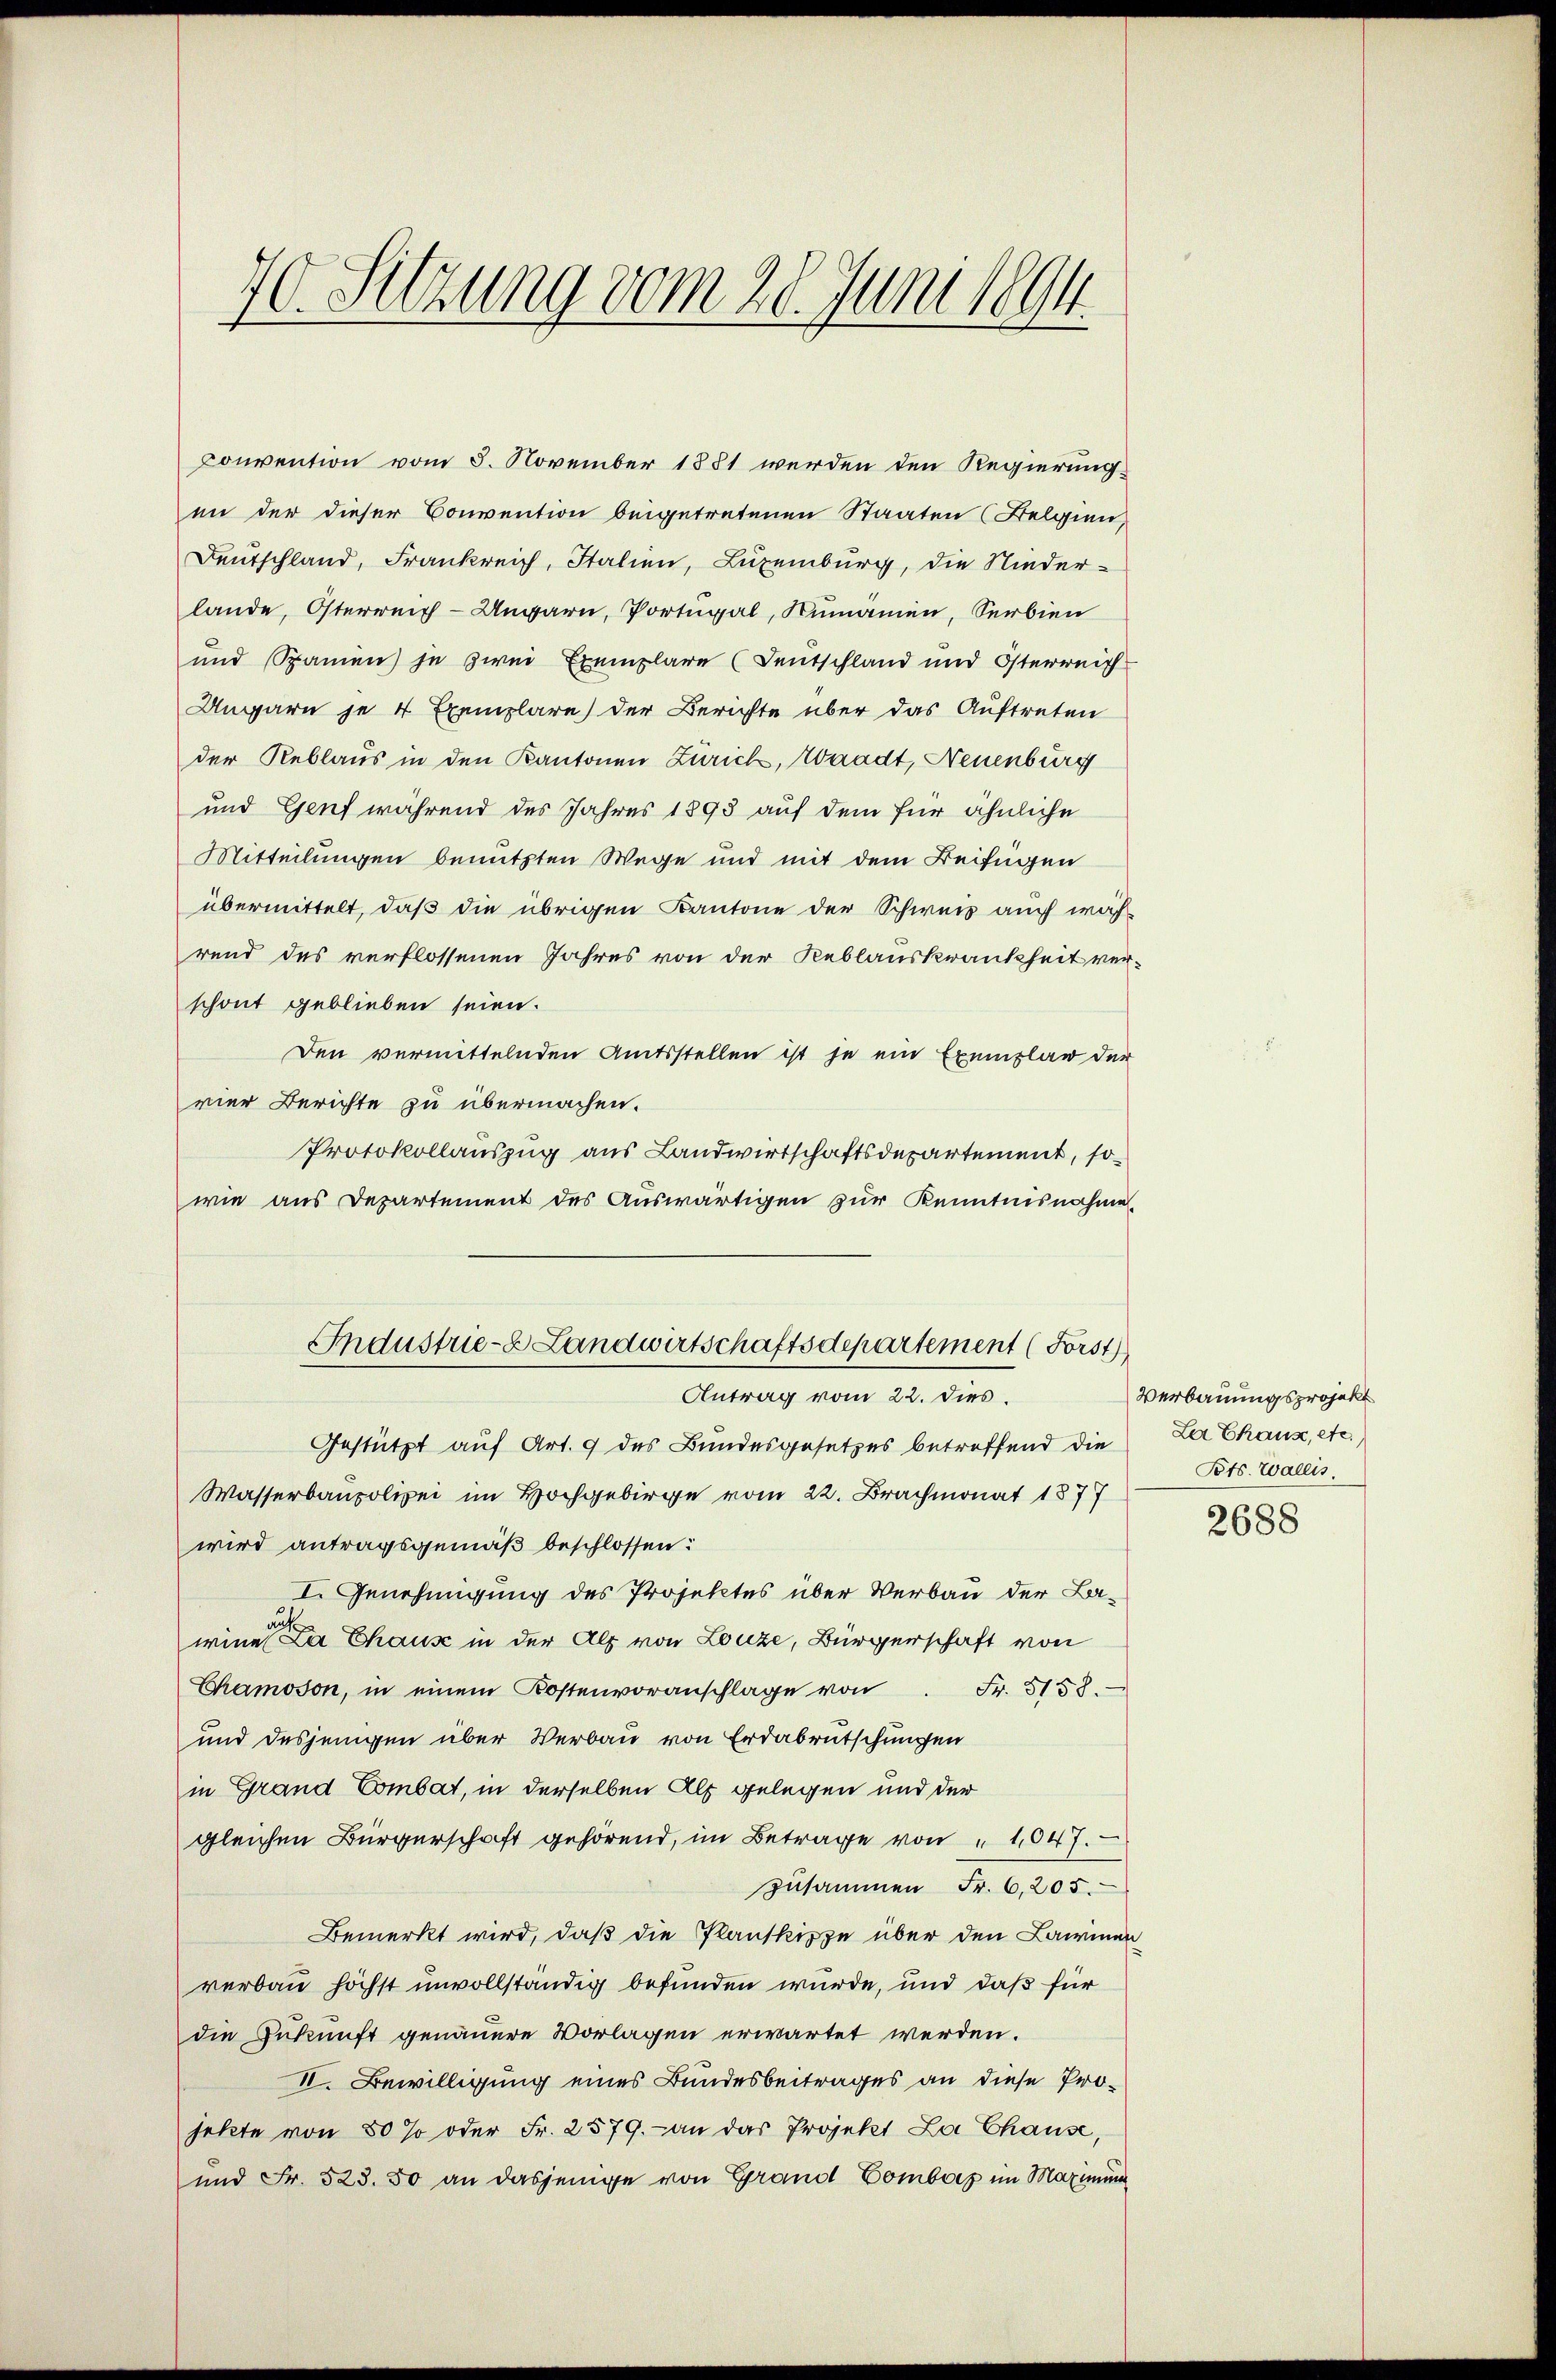
70. Setzung vom 28. Juni 1894

lande, Osterreich-Ungarn, Portugal, Rumänien, Serbien
und Spanien je zwei Exemplare (Deutschland und Österreich
Ungarn je 4 Exemplare) der Berichte über das Auftreten
der Reblaus in den Kantonen Zurick, Waadt, Neuenburg
und Genf während des Jahres 1893 auf dem für ähnliche
Mitteilungen benutzten Wege und mit dem Beifügen
übermittelt, daß die übrigen Kantone der Schweiz auch während des verflossenen Jahres von der Reblauskrankheit verschont geblieben seien.
Den vermittelnden Amtsstellen ist je ein Exemplar der
vier Berichte zu übermachen.
Protokollauszug aus Landwirtschaftsdepartement, sowie aus Departement des Auswärtigen zur Kenntnisnahme
Industrie- & Landwirtschaftsdepartement (Forst
Antrag vom 22. dies.
Gestützt auf Art. 9 des Bundesgesetzes betreffend die
Wasserbaupolizei im Hochgebirge vom 22. Brachmonat 1877
wird antragsgemäß beschlossen:
I. Genehmigung des Projektes über Verbau der Laau
winen La Chaus in der Alp von Luze, Bürgerschaft von
Chamoson, in einem Kostenvoranschlage von Fr. 5158.
und desjenigen über Verbau von Erdabrutschungen
in Grand Combat, in derselben Als gelegen und der
gleichen Bürgerschaft gehörend, im Betrage von " 1047.
zusammen Fr. 6,205.
Bemerkt wird, daß die Planskizze über den Laimen
verbau höchst unvollständig befunden wurde, und daß für
die Zukunft genauere Vorlagen erwartet werden.
II. Bewilligung eines Bundesbeitrages an diese Projetzte von 80 % oder Fr. 2579. - an das Projekt La Chause,
und Fr. 523. 50 an dasjenige von Grand Comberg im Maximu

Convention vom 8. November 1881 werden den Regierung
en der dieser Convention beigetretenen Staaten (Belgien,
Deutschland, Frankreich, Italien, Luxenburg, die Nieder¬

Verbauungsprojekt
La Chaux, etc.
Pots. Wallis

2688